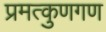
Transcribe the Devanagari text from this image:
प्रमत्कुणगण